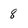
Character: 8